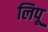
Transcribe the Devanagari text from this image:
लिपू